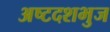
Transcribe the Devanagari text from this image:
अष्टदशभुज